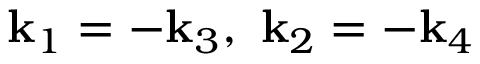
\mathbf { k } _ { 1 } = - \mathbf { k } _ { 3 } , \ \mathbf { k } _ { 2 } = - \mathbf { k } _ { 4 }